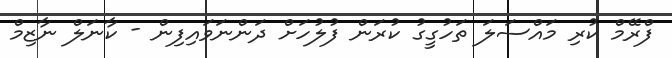
ފްރޭމް ކުރި މައްސަލަ ތަހުގީގު ކުރަން ފުލުހަށް ދަންނަވައިފިން - ކާނަލް ނާޒިމް